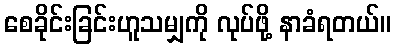
စေခိုင်းခြင်းဟူသမျှကို လုပ်ဖို့ နာခံရတယ်။